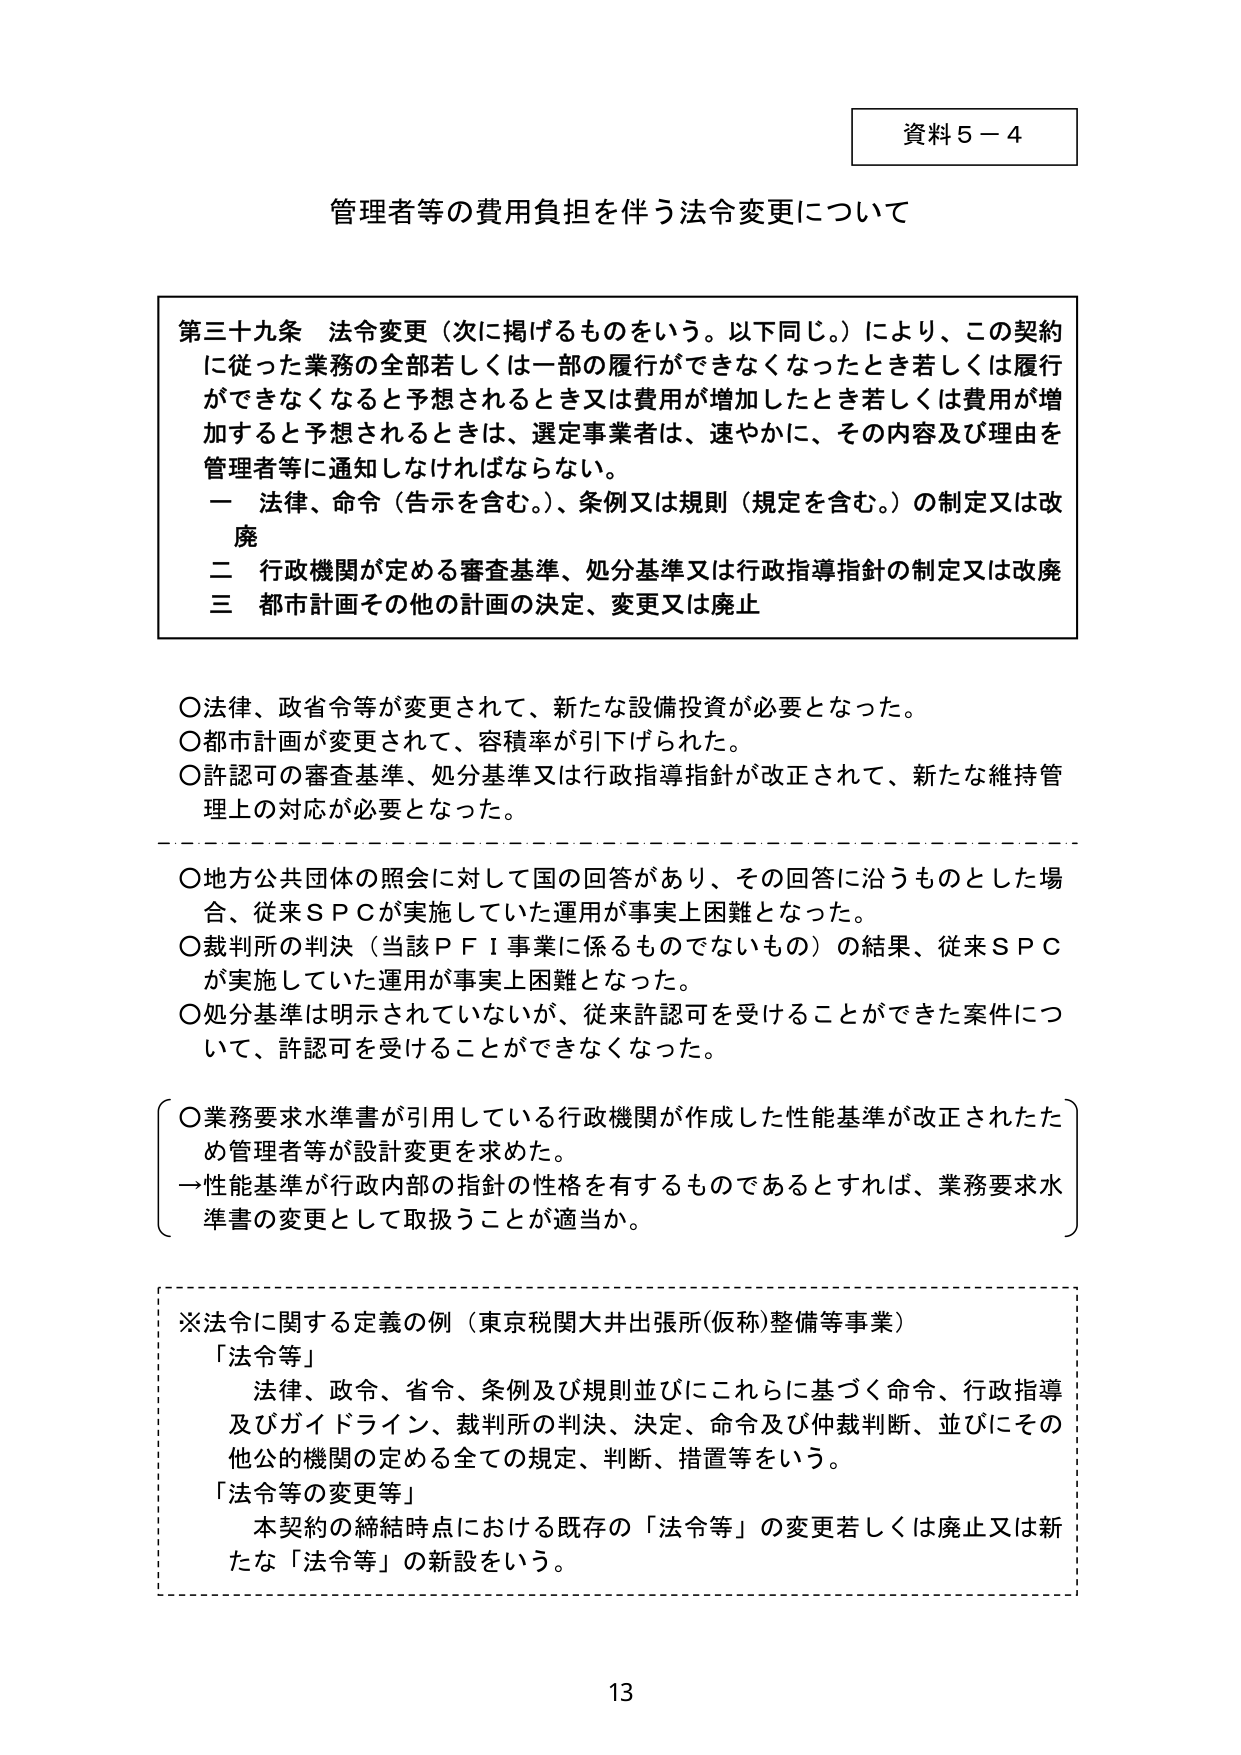
資料５－４

管理者等の費用負担を伴う法令変更について

第三十九条 法令変更（次に掲げるものをいう。以下同じ。）により、この契約に従った業務の全部若しくは一部の履行ができなくなったとき若しくは履行ができなくなると予想されるとき又は費用が増加したとき若しくは費用が増加すると予想されるときは、選定事業者は、速やかに、その内容及び理由を管理者等に通知しなければならない。
一 法律、命令（告示を含む。）、条例又は規則（規定を含む。）の制定又は改廃
二 行政機関が定める審査基準、処分基準又は行政指導指針の制定又は改廃
三 都市計画その他の計画の決定、変更又は廃止

○法律、政省令等が変更されて、新たな設備投資が必要となった。
○都市計画が変更されて、容積率が引下げられた。
○許認可の審査基準、処分基準又は行政指導指針が改正されて、新たな維持管理上の対応が必要となった。
─────────────────────────────────────────────────────
○地方公共団体の照会に対して国の回答があり、その回答に沿うものとした場合、従来ＳＰＣが実施していた運用が事実上困難となった。
○裁判所の判決（当該ＰＦＩ事業に係るものでないもの）の結果、従来ＳＰＣが実施していた運用が事実上困難となった。
○処分基準は明示されていないが、従来許認可を受けることができた案件について、許認可を受けることができなくなった。

（○業務要求水準書が引用している行政機関が作成した性能基準が改正されたため管理者等が設計変更を求めた。
→性能基準が行政内部の指針的性格を有するものであるとすれば、業務要求水準書の変更として取扱うことが適当か。）

※法令に関する定義の例（東京税関大井出張所(仮称)整備等事業）
「法令等」
法律、政令、省令、条例及び規則並びにこれらに基づく命令、行政指導及びガイドライン、裁判所の判決、決定、命令及び仲裁判断、並びにその他公的機関の定める全ての規定、判断、措置等をいう。
「法令等の変更等」
本契約の締結時点における既存の「法令等」の変更若しくは廃止又は新たな「法令等」の新設をいう。

13